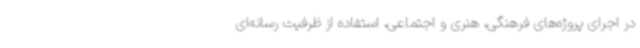
در اجرای پروژه‌های فرهنگی، هنری و اجتماعی، استفاده از ظرفیت رسانه‌ای